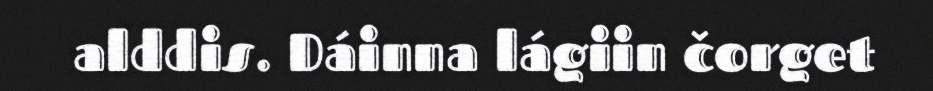
alddis. Dáinna lágiin čorget